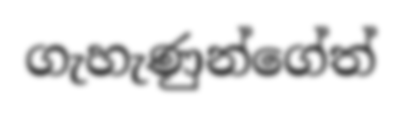
ගැහැණුන්ගේත්